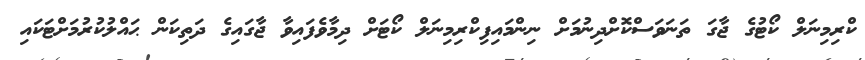
ކްރިމިނަލް ކޯޓުގެ ޖާގަ ތަނަވަސްކޮށްދިނުމަށް ނިންމައިފިކްރިމިނަލް ކޯޓަށް ދިމާވެފައިވާ ޖާގައިގެ ދަތިކަން ޙައްލުކުރުމަށްޓަކައި